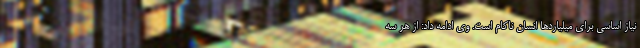
نیاز اساسی برای میلیاردها انسان ناکام است. وی ادامه داد: از هر سه